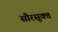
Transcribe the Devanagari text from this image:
सौरसूक्त